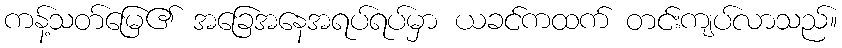
ကန့်သတ်မြေ၏ အခြေအနေအရပ်ရပ်မှာ ယခင်ကထက် တင်းကျပ်လာသည်။